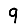
Digit: 9